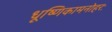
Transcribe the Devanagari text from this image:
धूष्णिकामनोहरः